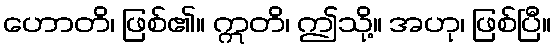
ဟောတိ၊ ဖြစ်၏။ ဣတိ၊ ဤသို့။ အဟု၊ ဖြစ်ပြီ။